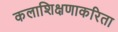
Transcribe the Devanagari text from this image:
कलाशिक्षणाकरिता